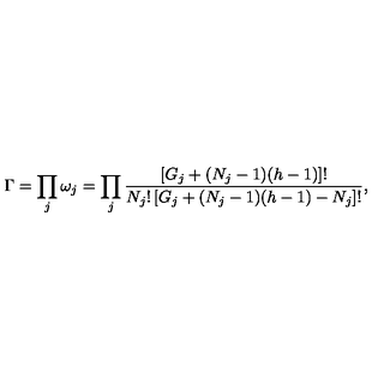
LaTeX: \Gamma = \prod _ { j } \omega _ { j } = \prod _ { j } \frac { \left[ G _ { j } + ( N _ { j } - 1 ) ( h - 1 ) \right] ! } { N _ { j } ! \left[ G _ { j } + ( N _ { j } - 1 ) ( h - 1 ) - N _ { j } \right] ! } ,